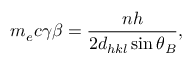
m _ { e } c \gamma \beta = \frac { n h } { 2 d _ { h k l } \sin \theta _ { B } } ,